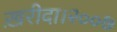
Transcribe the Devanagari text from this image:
ख़रीदा।२००७